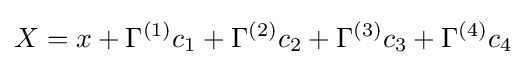
X=x+\Gamma ^{(1)}c_{1}+\Gamma ^{(2)}c_{2}+\Gamma ^{(3)}c_{3}+\Gamma ^{(4)}c_{4}